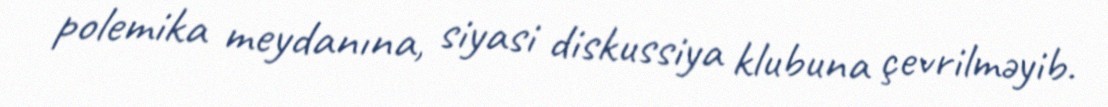
polemika meydanına, siyasi diskussiya klubuna çevrilməyib.